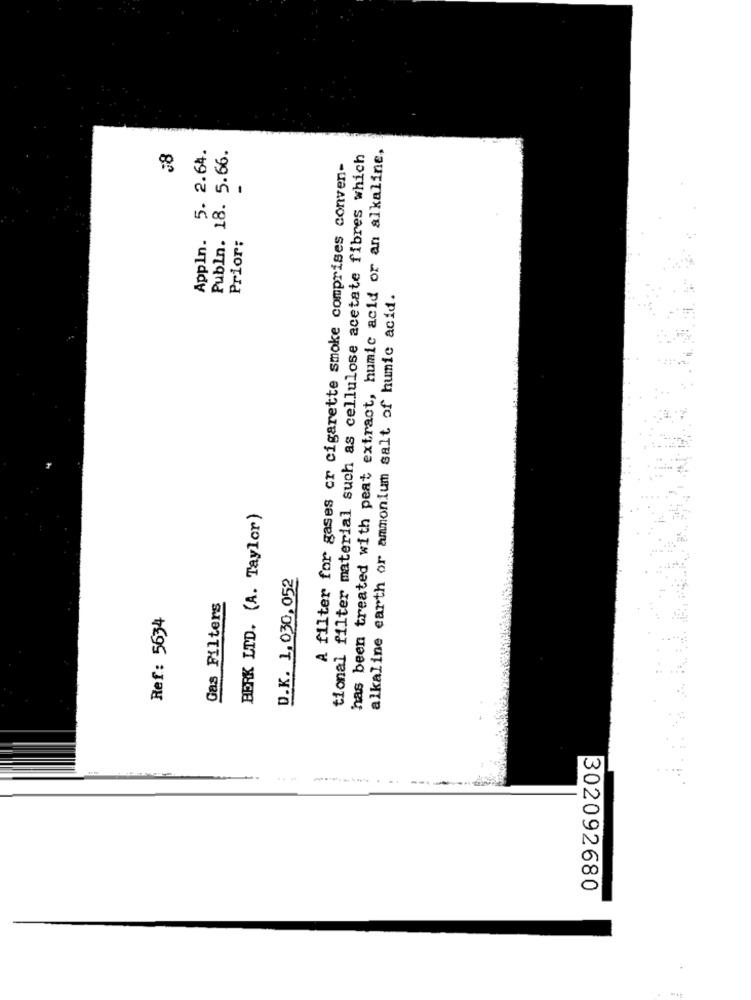
Appln. 5. 2.64.
has been treated with peat extract, humic acid or an alkaline,
Publn. 18. 5.66.
tional filter material such as cellulose acetate fibres which
A filter for gases cr cigarette smoke comprises conven-
Prior:
alkaline earth or ammonium salt of humic acid.
BERK LTD. (A. Taylor)
D.K. 1,030,052
Gas Filters
Ref: 5634
302092680